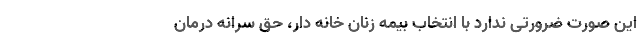
این صورت ضرورتی ندارد با انتخاب بیمه زنان خانه دار، حق سرانه درمان